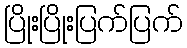
ပြိုးပြိုးပြက်ပြက်